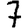
Digit: 7